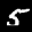
Label: 5